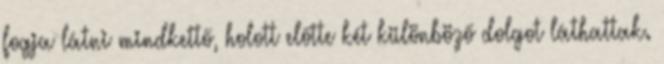
fogja látni mindkettő, holott előtte két különböző dolgot láthattak.